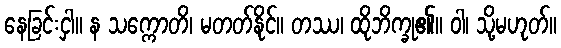
နေခြင်းငှါ။ န သက္ကောတိ၊ မတတ်နိုင်။ တဿ၊ ထိုဘိက္ခု၏။ ဝါ၊ သို့မဟုတ်။